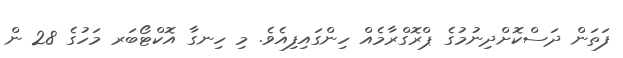
ފަތަން ދަސްކޮށްދިނުމުގެ ޕްރޮގްރާމެއް ހިންގައިފިއެވެ. މި ހިނގާ އޮކްޓޯބަރ މަހުގެ 28 ން